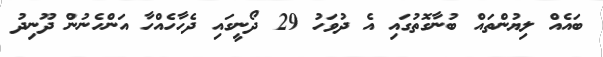
ބައެއް ލިޔުންތައް ބުނާގޮތުގައި އެ ދުވަހު 29 ދޯނީގައި ދެހާހެއްހާ އަންހެނުން ދޫނިދު